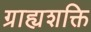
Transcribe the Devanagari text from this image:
ग्राह्यशक्ति